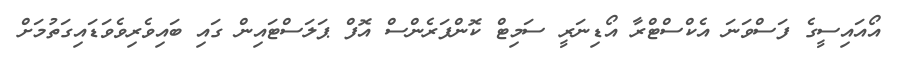
އޯއައިސީގެ ފަސްވަނަ އެކްސްޓްރާ އޯޑިނަރީ ސަމިޓް ކޮންފަރެންސް އޮފް ޕަލަސްޓައިން ގައި ބައިވެރިވެވަޑައިގަތުމަށް